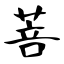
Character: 菩